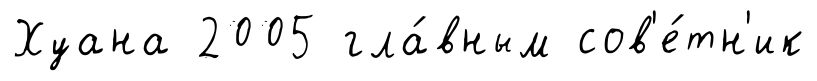
Хуана 2005 гла́вным сов'е́тн'ик